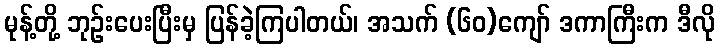
မုန့်တို့ ဘုဉ်းပေးပြီးမှ ပြန်ခဲ့ကြပါတယ်၊ အသက် (၆၀)ကျော် ဒကာကြီးက ဒီလို